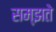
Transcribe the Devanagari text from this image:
सम्झते